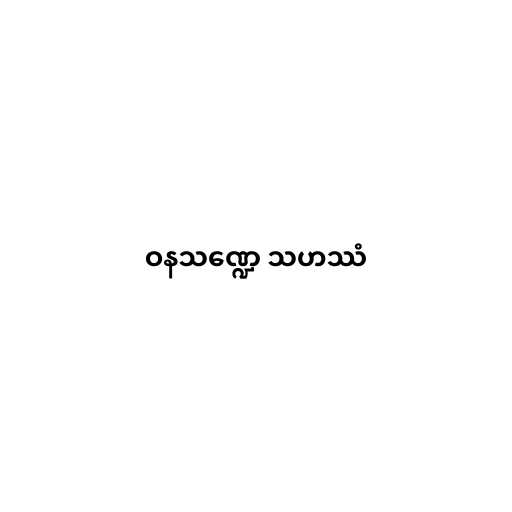
ဝနသဏ္ဍေ သဟဿံ